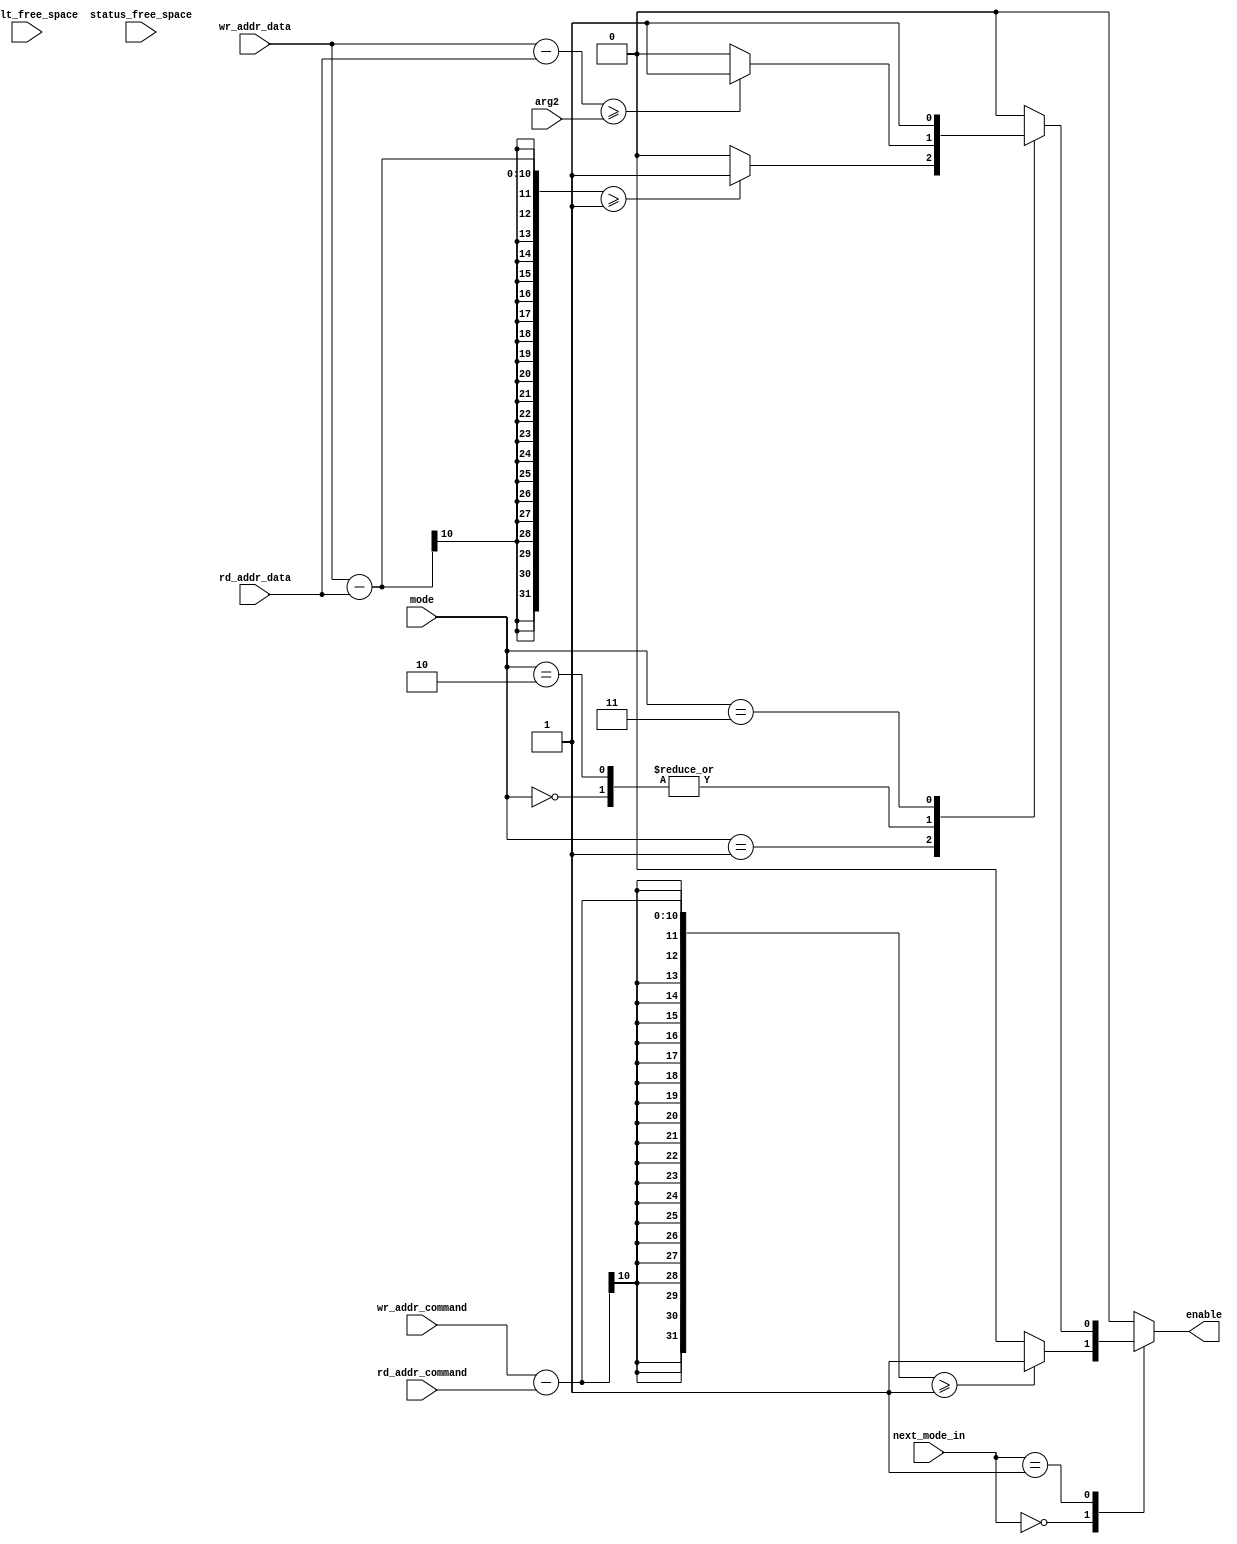
/**************************************************
Port List Description

Input Ports
result_free_space - free space output FIFO(result)
status_free_space - free space output FIFO(status)
next_mode_in - next state mode for instruction
mode - next state mode for all instructions
arg2 - value of b

Output Ports 
wr_addr_command - write address signal for input command
rd_addr_command - read address signal for input command
wr_addr_data - write address signal for input data
rd_addr_data - read address signal for input data
enable - output wire set to stream tokens

STATES
SETUP_INSTR - mode activated which includes difference of wr_addr - rd_addr
INSTR - mode which activates when independent instructions are enabled

STP - mode enabled to store command
EVP - mode enabled to evaluate monomial
EVB - mode enabled to evaluate polynomial
RST - mode enabled to reset the FIFO
**************************************************/
`timescale 1ns / 1ps
module PEA_enable #(parameter word_size = 16,  buffer_size = 1024, 
					buffer_size_out = 32)
   (
        input [log2(buffer_size_out) - 1 : 0] result_free_space,
        input [log2(buffer_size_out) - 1 : 0] status_free_space,
        input [1 : 0] next_mode_in,
        input [7 : 0] mode,
        input [4 : 0] arg2,
		input [log2(buffer_size) - 1 : 0] wr_addr_command,
        input [log2(buffer_size) - 1 : 0] rd_addr_command,
		input [log2(buffer_size) - 1 : 0] wr_addr_data,
        input [log2(buffer_size) - 1 : 0] rd_addr_data,
        output reg enable
		);

    localparam SETUP_INSTR = 2'b00, INSTR = 2'b01;

    // Temporary names for State Transition Diagram/Table
    localparam STP = 8'd0, EVP = 8'd1,
               EVB = 8'd2, RST = 8'd3;


    always @(*)
//wr_addr_command,rd_addr_command,wr_addr_data,rd_addr_data, next_mode_in,mode, result_free_space, status_free_space, arg2)
    begin
    case(next_mode_in)
        SETUP_INSTR: begin
                if ((wr_addr_command - rd_addr_command) >= 1)
                    enable <= 1;
                else
                    enable <= 0;
        end

        INSTR: begin
            case(mode)
                STP: begin
                    if((wr_addr_data - rd_addr_data) >= arg2)  //&& result_free_space >= 1
                        enable <= 1;
                    else
                        enable <= 0;
                end

                EVP: begin
                    if((wr_addr_data - rd_addr_data) >= 1) //&& result_free_space >= 1
                        //&& status_free_space >= 1)
                        enable <= 1;
                    else
                        enable <= 0;
                end

                EVB: begin
                    if( (wr_addr_data - rd_addr_data) >= arg2) //&& result_free_space >= arg2
                       //&& status_free_space >= arg2)
                        enable <= 1;
                    else
                        enable <= 0;
                end

                RST: enable <= 1;

                default: begin
                     enable <= 0;
                end

            endcase
        end

        default: begin
                     enable <= 0;
                end
    endcase
    end

    function integer log2;
    input [31 : 0] value;
        integer i;
    begin
                  if(value==1)
                                log2=1;
                  else
                          begin
                          i = value - 1;
                          for (log2 = 0; i > 0; log2 = log2 + 1) begin
                                        i = i >> 1;
                          end
                          end
    end
    endfunction // log2
endmodule